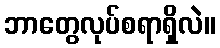
ဘာတွေလုပ်စရာရှိလဲ။